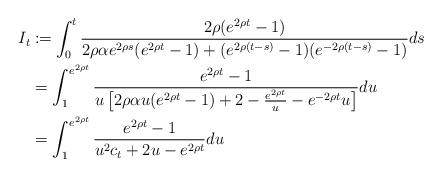
LaTeX: \begin{align*}I_t & \coloneqq \int_0^t \frac{2\rho (e^{2\rho t}-1)}{2\rho \alpha e^{2\rho s} (e^{2\rho t}-1) + (e^{2\rho(t-s)}-1)(e^{-2\rho(t-s)}-1)} ds \\& =\int_1^{e^{2\rho t}} \frac{e^{2\rho t}-1}{u \left[2\rho \alpha u(e^{2\rho t}-1) + 2 - \frac{e^{2\rho t}}{u} - e^{-2\rho t} u\right]} du \\& =\int_1^{e^{2\rho t}} \frac{e^{2\rho t}-1}{u^2 c_t + 2u - e^{2\rho t}} du\end{align*}